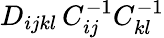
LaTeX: D_{ijkl}\, C_{ij}^{-1}C_{kl}^{-1}